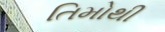
તિમોથી